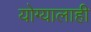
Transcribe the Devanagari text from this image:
योग्यालाही